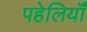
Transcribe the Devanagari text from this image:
पहेलियॉंँ